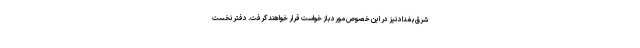
شرق بغداد نیز در این خصوص مورد باز خواست قرار خواهند گرفت. دفتر نخست